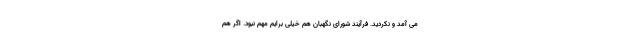
می آمد و نکردید. فرآیند شورای نگهبان هم خیلی برایم مهم نبود. اگر هم